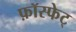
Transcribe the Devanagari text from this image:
फ़ॉस्फेट्